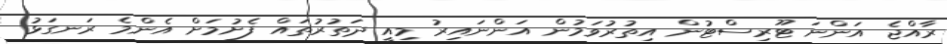
ރާއްޖެ އަންނަ ޓޫރިސްޓުން އިތުރުވަމުން އަންނައިރު މިއީ ދަތުރުތައް ފެށުމަށް އެންމެ ރަނގަޅު